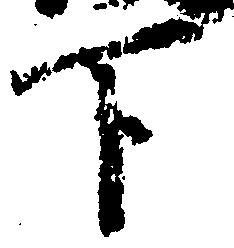
下